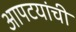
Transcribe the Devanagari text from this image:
आपटयांची